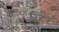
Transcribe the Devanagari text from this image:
व्हिरे